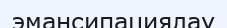
эмансипациялау